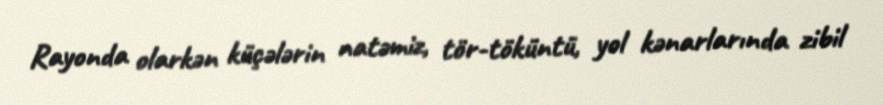
Rayonda olarkən küçələrin natəmiz, tör-töküntü, yol kənarlarında zibil